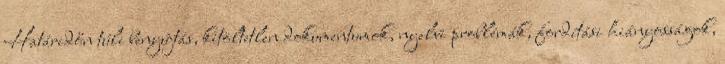
Határidőn túli benyújtás, kitöltetlen dokumentumok, nyelvi problémák, fordítási hiányosságok,